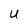
Character: U